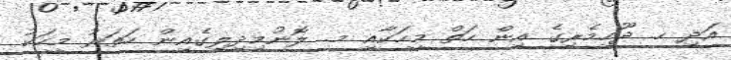
އަދި ހ. ދޫހިމެރިގެ އިން ހަތް މީހަކާއި މ. ލޮނުމިދިލިގެއިން ހަތަރު މީހަކު